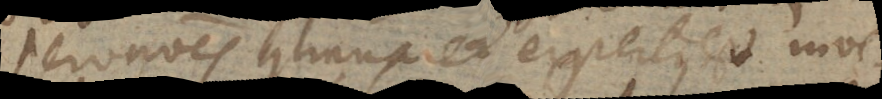
servationes continuaret expertus est inve-